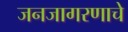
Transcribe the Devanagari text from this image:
जनजागरणाचे